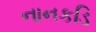
નાનકડિ